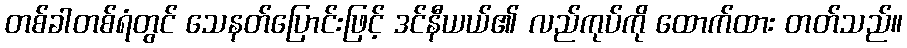
တစ်ခါတစ်ရံတွင် သေနတ်ပြောင်းဖြင့် ဒင်နီယယ်၏ လည်ကုပ်ကို ထောက်ထား တတ်သည်။